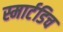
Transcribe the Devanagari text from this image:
स्मार्टडिच